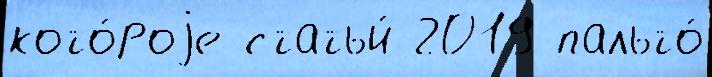
кото́роjе статьи́ 2019 пальто́